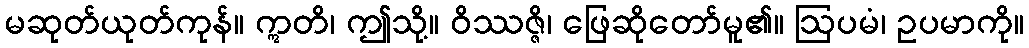
မဆုတ်ယုတ်ကုန်။ ဣတိ၊ ဤသို့။ ဝိဿဇ္ဇိ၊ ဖြေဆိုတော်မူ၏။ ဩပမံ၊ ဥပမာကို။